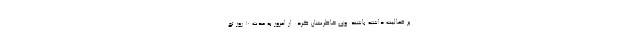
بر فعالیت داشته باشند. وی خاطرنشان کرد: از امروز به مدت 10 روز تع